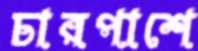
চারপাশে